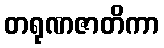
တရုဏဇာတိကာ